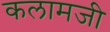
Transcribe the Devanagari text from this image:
कलामजी